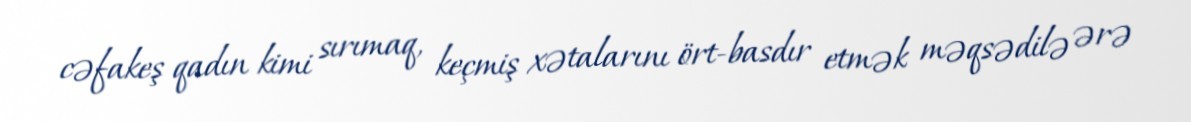
cəfakeş qadın kimi sırımaq, keçmiş xətalarını ört-basdır etmək məqsədilə ərə